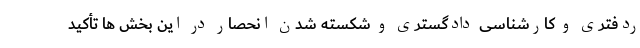
ردفتری و کارشناسی دادگستری و شکسته شدن انحصار در این بخش ها تأکید